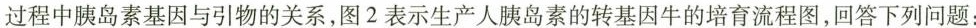
过程中胰岛素基因与引物的关系，图2表示生产人胰岛素的转基因牛的培育流程图，回答下列问题：